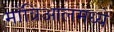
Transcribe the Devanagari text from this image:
माँत्रिआलमध्ये